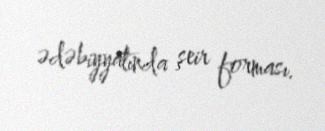
ədəbiyyatında şeir forması.